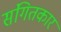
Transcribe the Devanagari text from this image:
संगितकार